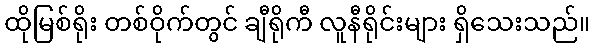
ထိုမြစ်ရိုး တစ်ဝိုက်တွင် ချီရိုကီ လူနီရိုင်းများ ရှိသေးသည်။